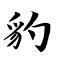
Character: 豹